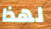
لهذا